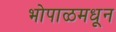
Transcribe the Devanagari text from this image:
भोपाळमधून